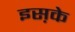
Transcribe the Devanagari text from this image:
इस़के